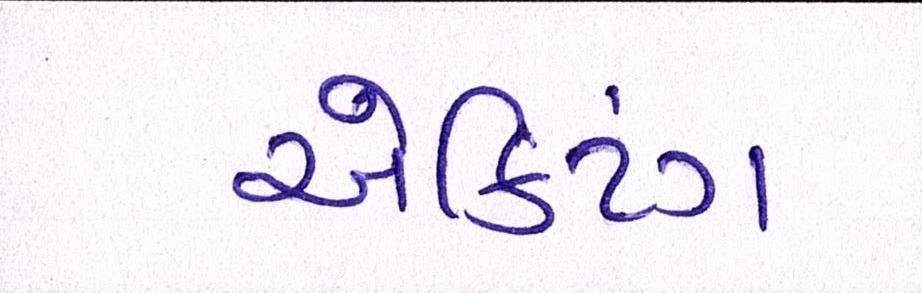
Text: ઍક્ટિંગ